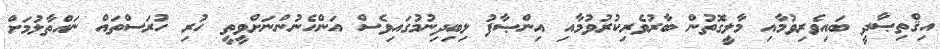
އިޤްތިޞާދީ ބައިވެރިވުމާއި މާލީގޮތުން ބާރުވެރިކުރުވުމާއި އިންޞާފު ލިބިދިނުމުގައިވެސް އަންހެނުންނަށްވީތީ ހުރި ހުރަސްތައް ނައްތާލުމަށް